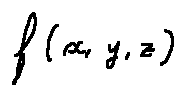
f ( x , y , z )